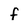
Character: f